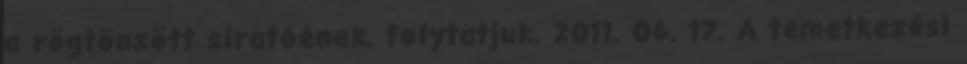
a rögtönzött siratóének. folytatjuk. 2011. 06. 17. A temetkezési